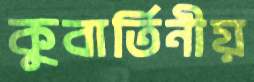
কুবার্তিনীয়